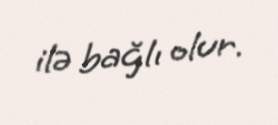
ilə bağlı olur.